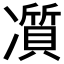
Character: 𠘖